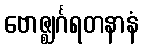
ဗောဇ္ဈင်္ဂရတနာနံ